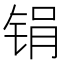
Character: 𫓶